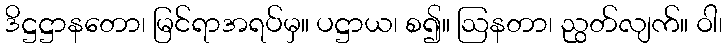
ဒိဋ္ဌဋ္ဌာနတော၊ မြင်ရာအရပ်မှ။ ပဋ္ဌာယ၊ စ၍။ ဩနတာ၊ ညွတ်လျက်။ ဝါ၊